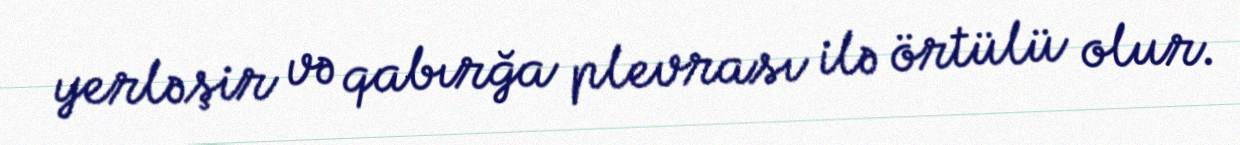
yerləşir və qabırğa plevrası ilə örtülü olur.